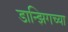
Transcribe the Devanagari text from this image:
डान्झिगच्या